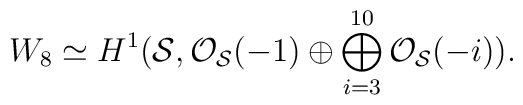
W_8 \simeq H^{1} ({\cal S}, {\cal O}_{\cal S}(-1) \oplus\bigoplus_{i=3}^{10}{\cal O}_{\cal S}(-i)).